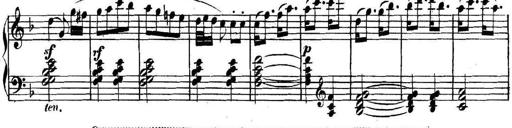
Title: Collected Piano Sonatas
Composer: Muzio Clementi